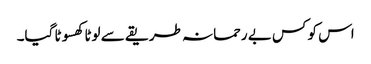
اس کو کس بے رحمانہ طریقے سے لوٹا کھسوٹا گیا۔